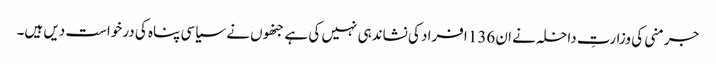
جرمنی کی وزارتِ داخلہ نے ان 136 افراد کی نشاندہی نہیں کی ہے جنھوں نے سیاسی پناہ کی درخواست دیں ہیں۔